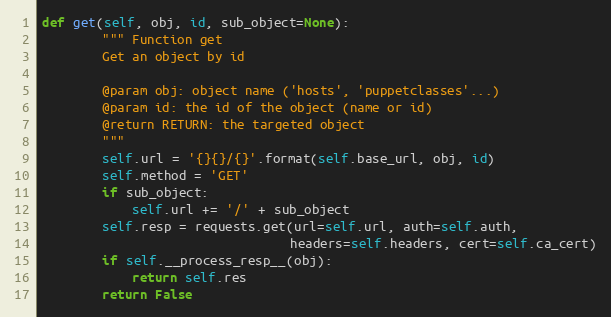
Language: Python
def get(self, obj, id, sub_object=None):
        """ Function get
        Get an object by id

        @param obj: object name ('hosts', 'puppetclasses'...)
        @param id: the id of the object (name or id)
        @return RETURN: the targeted object
        """
        self.url = '{}{}/{}'.format(self.base_url, obj, id)
        self.method = 'GET'
        if sub_object:
            self.url += '/' + sub_object
        self.resp = requests.get(url=self.url, auth=self.auth,
                                 headers=self.headers, cert=self.ca_cert)
        if self.__process_resp__(obj):
            return self.res
        return False